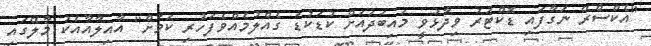
"އެކްސްރޭ ނަގާފައި ޑޮކްޓަރު ވިދާޅުވީ މައިބަދައަށް ކުޑަކުޑަ ގެއްލުމެއްވެފަހުރި ކަމަށް" އާއިލާއާއެކު މާލޭގައި